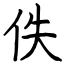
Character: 佚